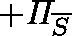
+ \mathit { \Pi } _ { \overline { { S } } }